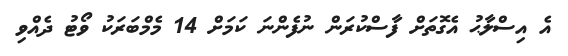
އެ އިސްލާޙު އެގޮތަށް ފާސްކުރަން ނުފެންނަ ކަމަށް 14 މެމްބަރަކު ވޯޓު ދެއްވި